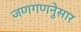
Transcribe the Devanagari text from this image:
जणगणनेुसार